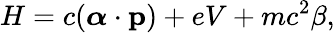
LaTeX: H=c({\boldsymbol{\alpha}}\cdot\mathbf{p})+eV+mc^{2}\beta,